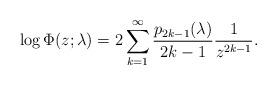
LaTeX: \begin{align*} \log \Phi(z;\lambda)= 2 \sum_{k=1}^\infty \frac{p_{2k-1}(\lambda)}{2k-1} \frac{1}{z^{2k-1}}.\end{align*}